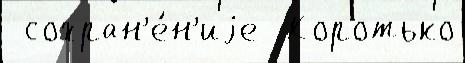
 сохран'е́н'иjе  Коротько